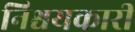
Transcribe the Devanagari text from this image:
निश्चयकारी